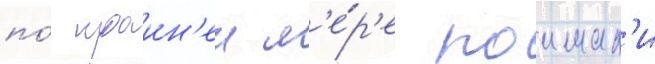
по́ краин'еи м'е́р'е поимал'и